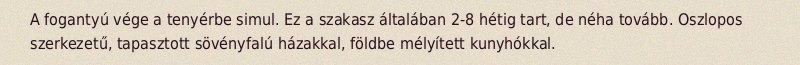
A fogantyú vége a tenyérbe simul. Ez a szakasz általában 2-8 hétig tart, de néha tovább. Oszlopos szerkezetű, tapasztott sövényfalú házakkal, földbe mélyített kunyhókkal.